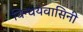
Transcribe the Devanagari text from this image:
विन्धयवासिनी